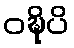
ဝဍ္ဎိပိ